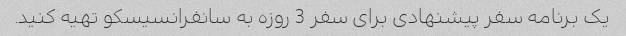
یک برنامه سفر پیشنهادی برای سفر 3 روزه به سانفرانسیسکو تهیه کنید.